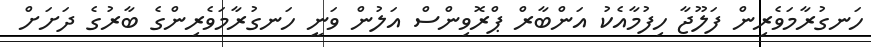
ހަނގުރާމަވެރިން ފަލޫޖާ ހިފުމާއެކު އަންބާރް ޕްރޮވިންސް އަލުން ވަނީ ހަނގުރާމަވެރިންގެ ބާރުގެ ދަށަށް